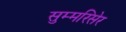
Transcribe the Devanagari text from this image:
सुम्मरिसेर